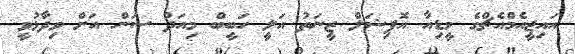
އައިޖީއެމްއެޗްގެ މީޑިއާ އޮފިޝަލް ޒީނަތު އަލީ ހަބީބް މިއަދު ސަން އަށް ވިދާޅުވީ